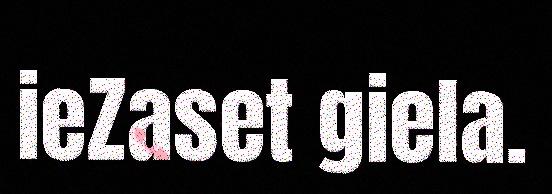
ieZaset giela.